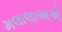
મલાલાઅએ